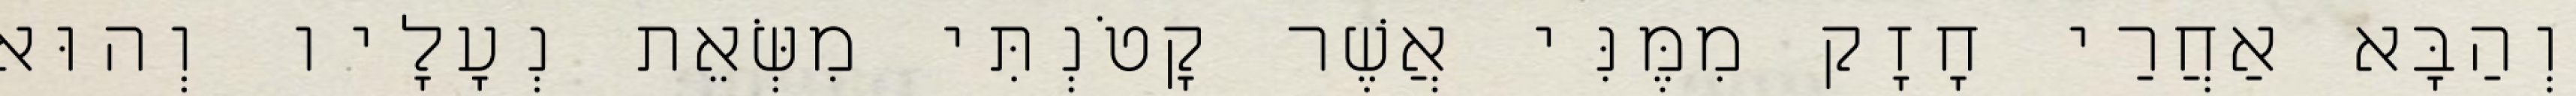
וְהַבָּא אַחֲרַי חָזָק מִמֶּנִּי אֲשֶׁר קָטֹנְתִּי מִשְּׂאֵת נְעָלָיו וְהוּא